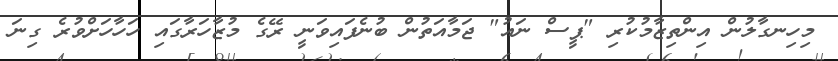
މިހިނގާލުން އިންތިޒާމުކުރި "ޕީސް ނައު" ޖަމާއަތުން ބުނެފައިވަނީ ރޭގެ މުޒާހަރާގައި ހަހާހަށްވުރެ ގިނަ